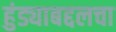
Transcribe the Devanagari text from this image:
हुंड्याबद्दलचा